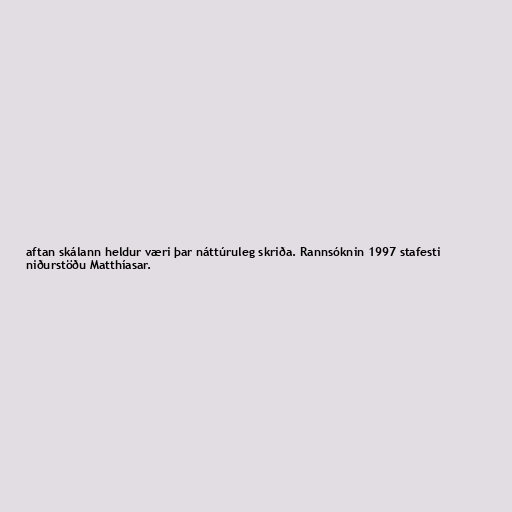
aftan skálann heldur væri þar náttúruleg skriða. Rannsóknin 1997 stafesti
niðurstöðu Matthíasar.